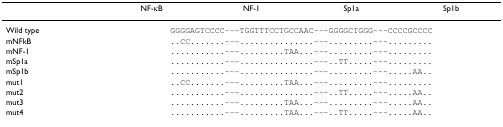
|  | NF-κB | NF-1 | Sp1a | Sp1b |
 | --- | --- | --- | --- | --- |
 | Wild type | <COLSPAN=4> GGGGAGTCCCC~~~TGGTTTCCTGCCAAC~~~GGGGCTGGG~~~CCCCGCCCC |
 | mNFkB | <COLSPAN=4> ..CC.......~~~...............~~~.........~~~......... |
 | mNF-1 | <COLSPAN=4> ...........~~~.........TAA...~~~.........~~~......... |
 | mSp1a | <COLSPAN=4> ...........~~~...............~~~..TT.....~~~......... |
 | mSp1b | <COLSPAN=4> ...........~~~...............~~~.........~~~.....AA.. |
 | mut1 | <COLSPAN=4> ..CC.......~~~.........TAA...~~~.........~~~......... |
 | mut2 | <COLSPAN=4> ...........~~~...............~~~..TT.....~~~.....AA.. |
 | mut3 | <COLSPAN=4> ...........~~~.........TAA...~~~.........~~~.....AA.. |
 | mut4 | <COLSPAN=4> ...........~~~.........TAA...~~~..TT.....~~~.....AA.. |